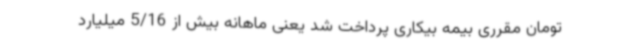
تومان مقرری بیمه بیکاری پرداخت شد یعنی ماهانه بیش از 5/16 میلیارد